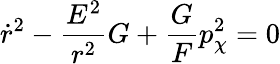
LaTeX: \dot{r}^{2}-\frac{E^{2}}{r^{2}}G+\frac{G}{F}p_{\chi}^{2}=0